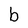
Character: b